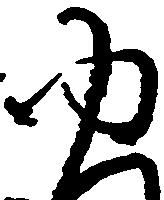
ゆ